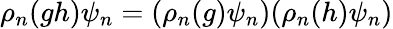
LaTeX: \rho_{n}(gh)\psi_{n}=(\rho_{n}(g)\psi_{n})(\rho_{n}(h)\psi_{n})